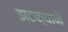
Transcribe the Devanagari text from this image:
झटक्‍याने